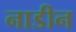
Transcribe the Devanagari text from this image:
नाडीन